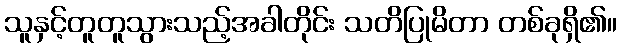
သူနှင့်တူတူသွားသည့်အခါတိုင်း သတိပြုမိတာ တစ်ခုရှိ၏။